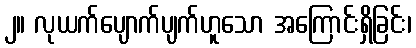
၂။ လုယက်ပျောက်ပျက်ဟူသော အကြောင်းရှိခြင်း၊